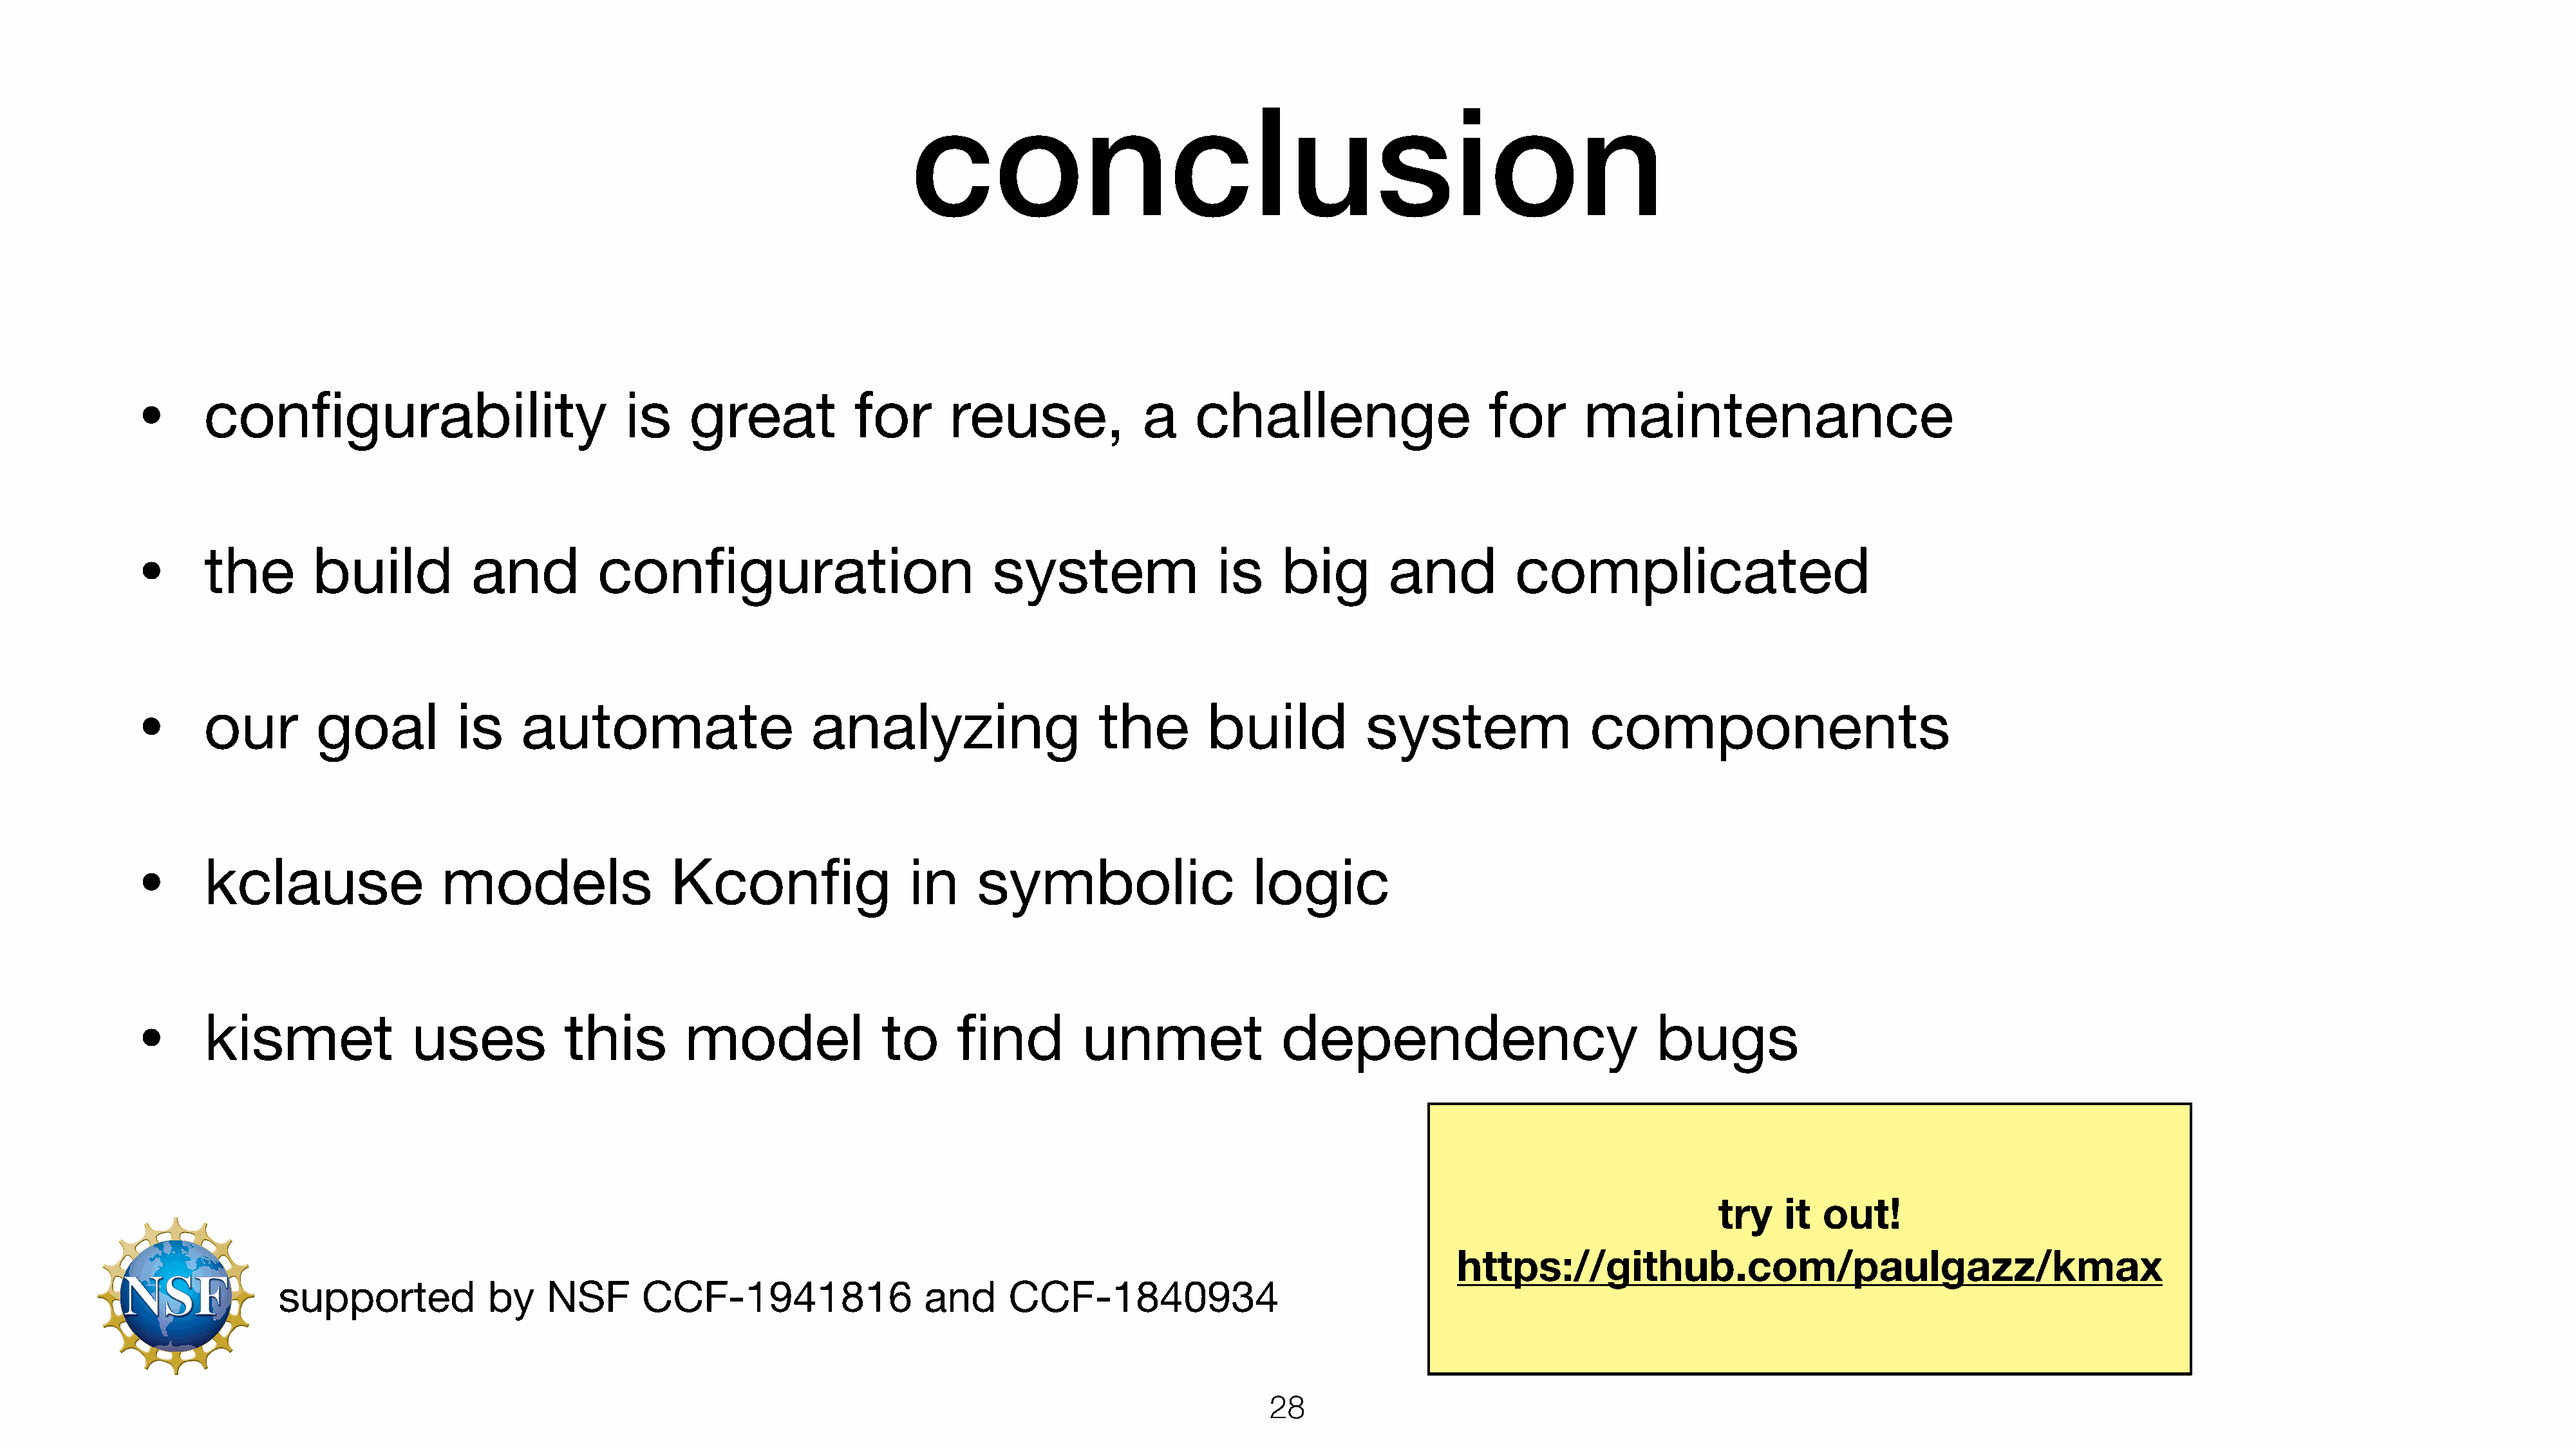
conclusion
 •
 configurability                            is     great            for       reuse,             a     challenge                     for       maintenance
 •
 the        build           and          configuration                            system                 is     big        and          complicated
 •
 our        goal           is     automate                     analyzing                     the        build           system                 components
 •
 kclause                 models                  Kconfig                 in     symbolic                     logic
 •
 kismet               uses            this        model                to     find         unmet                dependency                            bugs
 try   it  out!
 https://github.com/paulgazz/kmax
 supported            by    NSF       CCF-1941816                  and      CCF-1840934
 28